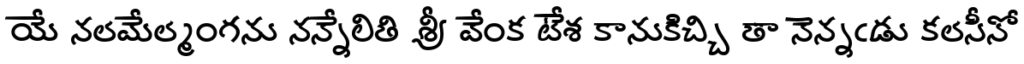
యే నలమేల్మంగను నన్నేలితి శ్రీ వేంక టేశ కానుకిచ్చి తా నెన్నఁడు కలసీనో